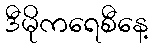
ဒီမိုကရေစီနေ့